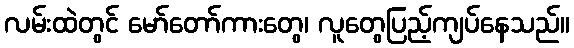
လမ်းထဲတွင် မော်တော်ကားတွေ၊ လူတွေပြည့်ကျပ်နေသည်။